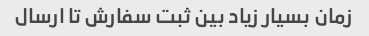
زمان بسیار زیاد بین ثبت سفارش تا ارسال